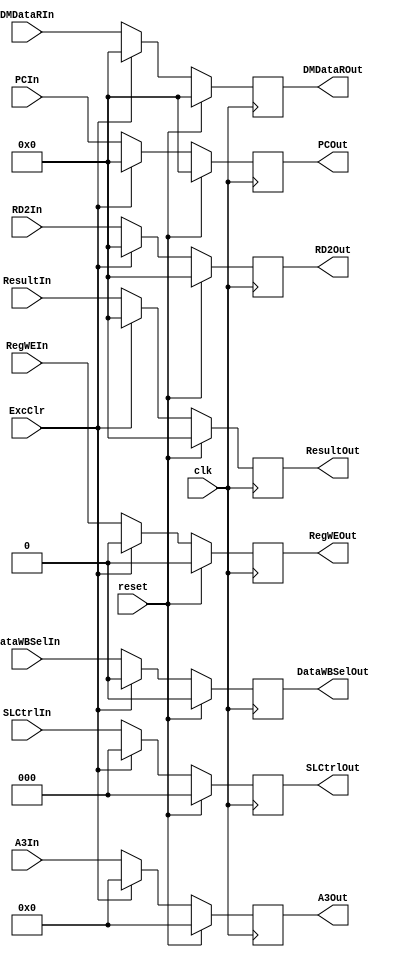
`timescale 1ns / 1ps
//////////////////////////////////////////////////////////////////////////////////
// Company: 
// Engineer: 
// 
// Design Name: 
// Module Name:    MWreg 
// Project Name: 
// Target Devices: 
// Tool versions: 
// Description: 
//
// Dependencies: 
//
// Revision: 
// Revision 0.01 - File Created
// Additional Comments: 
//
//////////////////////////////////////////////////////////////////////////////////
module MWreg(
	input clk,
	input reset,
	input ExcClr,
	//Data	
	input [31:0] ResultIn,
	input [31:0] RD2In,
	input [4:0] A3In,
	input [31:0] DMDataRIn,
	output [31:0] ResultOut,
	output [31:0] RD2Out,
	output [4:0] A3Out,
	output [31:0] DMDataROut,
	//Ctrl
	input DataWBSelIn,
	input RegWEIn,
	input [2:0] SLCtrlIn,
    
	output DataWBSelOut,
	output RegWEOut,
	output [2:0] SLCtrlOut,
	//PC
	input [31:0] PCIn,
	output [31:0] PCOut
    );
	
	reg [31:0] Result=0, RD2=0, DMDataR=0;
	reg [4:0] A3=0;
	
	assign ResultOut=Result;
	assign RD2Out=RD2;
	assign A3Out=A3;
	assign DMDataROut=DMDataR;
	
	reg DMWE=0,DataWBSel=0,RegWE=0;
	reg [2:0] SLCtrl=0;
	
	assign DataWBSelOut=DataWBSel;
	assign RegWEOut=RegWE;
	assign SLCtrlOut=SLCtrl;
	
	reg [31:0] PC=0;
	assign PCOut=PC;
	
	always @(posedge clk)
	begin
		if(reset)
		begin
			Result<=0;
			RD2<=0;
			A3<=0;
			DMDataR<=0;
			DataWBSel<=0;
			RegWE<=0;
			SLCtrl<=0;
			PC<=0;
		end
		else if(ExcClr)
		begin
			Result<=0;
			RD2<=0;
			A3<=0;
			DMDataR<=0;
			DataWBSel<=0;
			RegWE<=0;
			SLCtrl<=0;
			PC<=0;
		end
		else
		begin
			Result<=ResultIn;
			RD2<=RD2In;
			A3<=A3In;
			DMDataR<=DMDataRIn;
			DataWBSel<=DataWBSelIn;
			RegWE<=RegWEIn;
			SLCtrl<=SLCtrlIn;
			PC<=PCIn;
		end
	end

endmodule